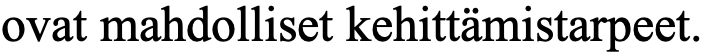
ovat mahdolliset kehittämistarpeet.